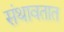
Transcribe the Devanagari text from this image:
संथावतात